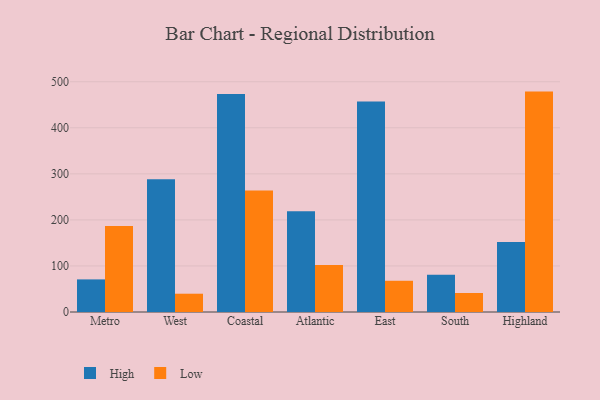
{"axis": {"x": "Region", "y": "Tickets Resolved"}, "legend": ["High", "Low"], "data": [{"x": "Metro", "y": 70.8, "type": "High"}, {"x": "Metro", "y": 186.8, "type": "Low"}, {"x": "West", "y": 288.3, "type": "High"}, {"x": "West", "y": 39.7, "type": "Low"}, {"x": "Coastal", "y": 473.2, "type": "High"}, {"x": "Coastal", "y": 263.8, "type": "Low"}, {"x": "Atlantic", "y": 218.6, "type": "High"}, {"x": "Atlantic", "y": 101.8, "type": "Low"}, {"x": "East", "y": 457.2, "type": "High"}, {"x": "East", "y": 67.8, "type": "Low"}, {"x": "South", "y": 80.7, "type": "High"}, {"x": "South", "y": 41.3, "type": "Low"}, {"x": "Highland", "y": 152.2, "type": "High"}, {"x": "Highland", "y": 478.6, "type": "Low"}]}